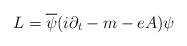
LaTeX: \begin{align*}L = \overline{\psi} (i\partial_{t} - m - eA)\psi\end{align*}